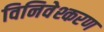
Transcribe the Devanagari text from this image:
विनिवेश्करण